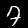
Label: 7